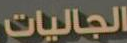
الجاليات